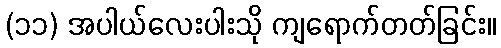
(၁၁) အပါယ်လေးပါးသို ကျရောက်တတ်ခြင်း။